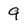
Character: 9